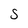
Character: S